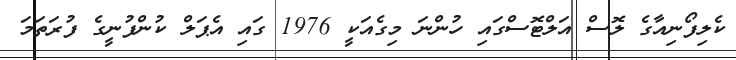
ކެލިފޯނިއާގެ ލޮސް އަލްޓޮސްގައި ހުންނަ މިގެއަކީ 1976 ގައި އެޕަލް ކުންފުނީގެ ފުރަތަމަ